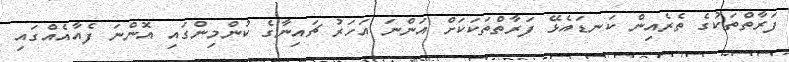
ފަރާތްތަކުގެ ތެރެއިން ކަނޑައެޅޭ ފަރާތްތަކަކަށް އަންނަ އަހަރު ޗައިނާގެ ކުންމިންގައި އޮންނަ ފެއާއެއްގައި